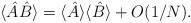
\begin{align*}\langle \hat{A} \hat{B} \rangle = \langle \hat{A} \rangle \langle \hat{B} \rangle + O(1/N).\end{align*}